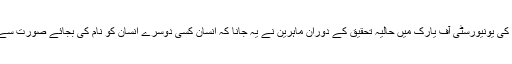
تفصیلات کچھ اس طرح ہیں کہ انگلینڈ کی یونیورسٹی آف یارک میں حالیہ تحقیق کے دوران ماہرین نے یہ جانا کہ انسان کسی دوسرے انسان کو نام کی بجائے صورت سے جلد پہچاننے کی صلاحیت رکھتاہے۔